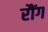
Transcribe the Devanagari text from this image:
रौंग